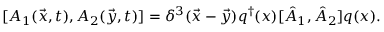
[ A _ { 1 } ( \vec { x } , t ) , A _ { 2 } ( \vec { y } , t ) ] = \delta ^ { 3 } ( \vec { x } - \vec { y } ) q ^ { \dagger } ( x ) [ \hat { A } _ { 1 } , \hat { A } _ { 2 } ] q ( x ) .